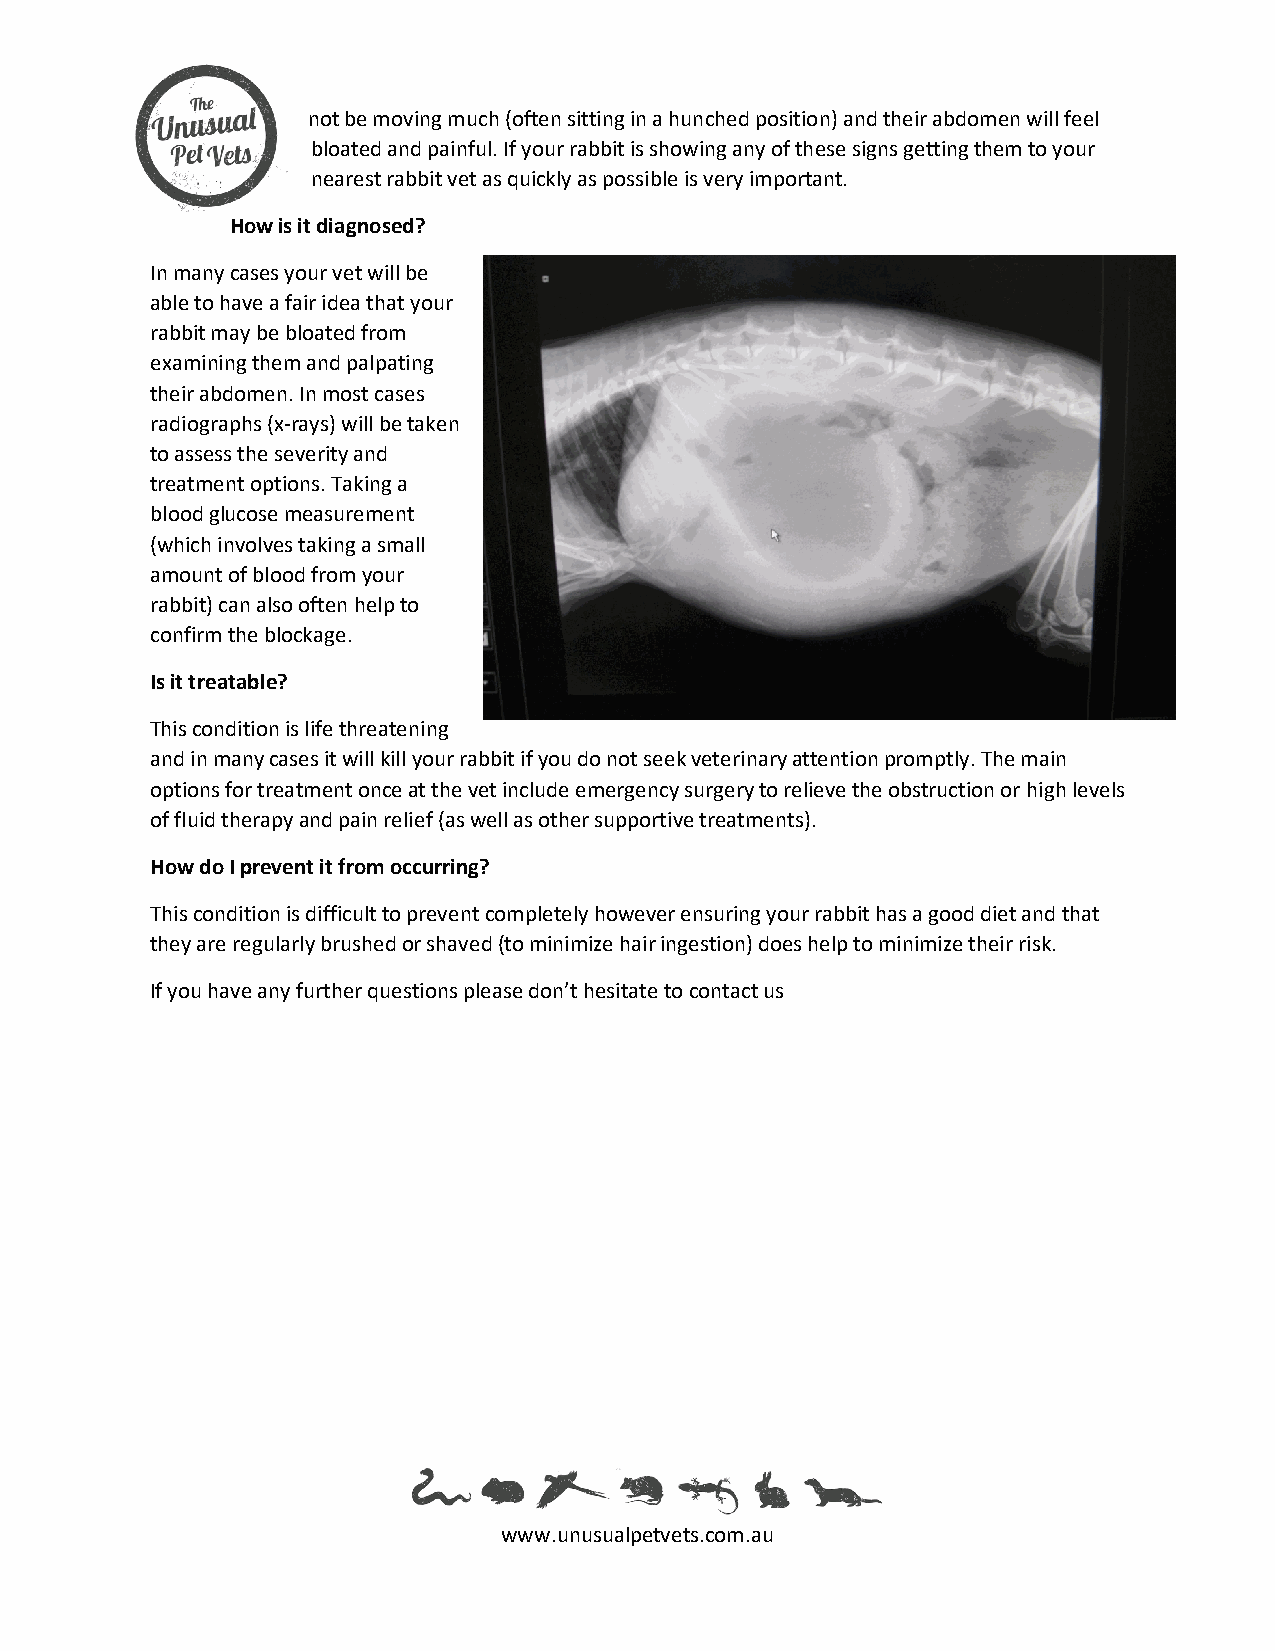
not be moving much (often sitting in a hunched position) and their abdomen will feel
 bloated and painful. If your rabbit is showing any of these signs getting them to your
 nearest rabbit vet as quickly as possible is very important.
 How is it diagnosed?
 In many cases your vet will be
 able to have a fair idea that your
 rabbit may be bloated from
 examining them and palpating
 their abdomen. In most cases
 radiographs (x-rays) will be taken
 to assess the severity and
 treatment options. Taking a
 blood glucose measurement
 (which involves taking a small
 amount of blood from your
 rabbit) can also often help to
 confirm the blockage.
 Is it treatable?
 This condition is life threatening
 and in many cases it will kill your rabbit if you do not seek veterinary attention promptly. The main
 options for treatment once at the vet include emergency surgery to relieve the obstruction or high levels
 of fluid therapy and pain relief (as well as other supportive treatments).
 How do I prevent it from occurring?
 This condition is difficult to prevent completely however ensuring your rabbit has a good diet and that
 they are regularly brushed or shaved (to minimize hair ingestion) does help to minimize their risk.
 If you have any further questions please don’t hesitate to contact us
 www.unusualpetvets.com.au